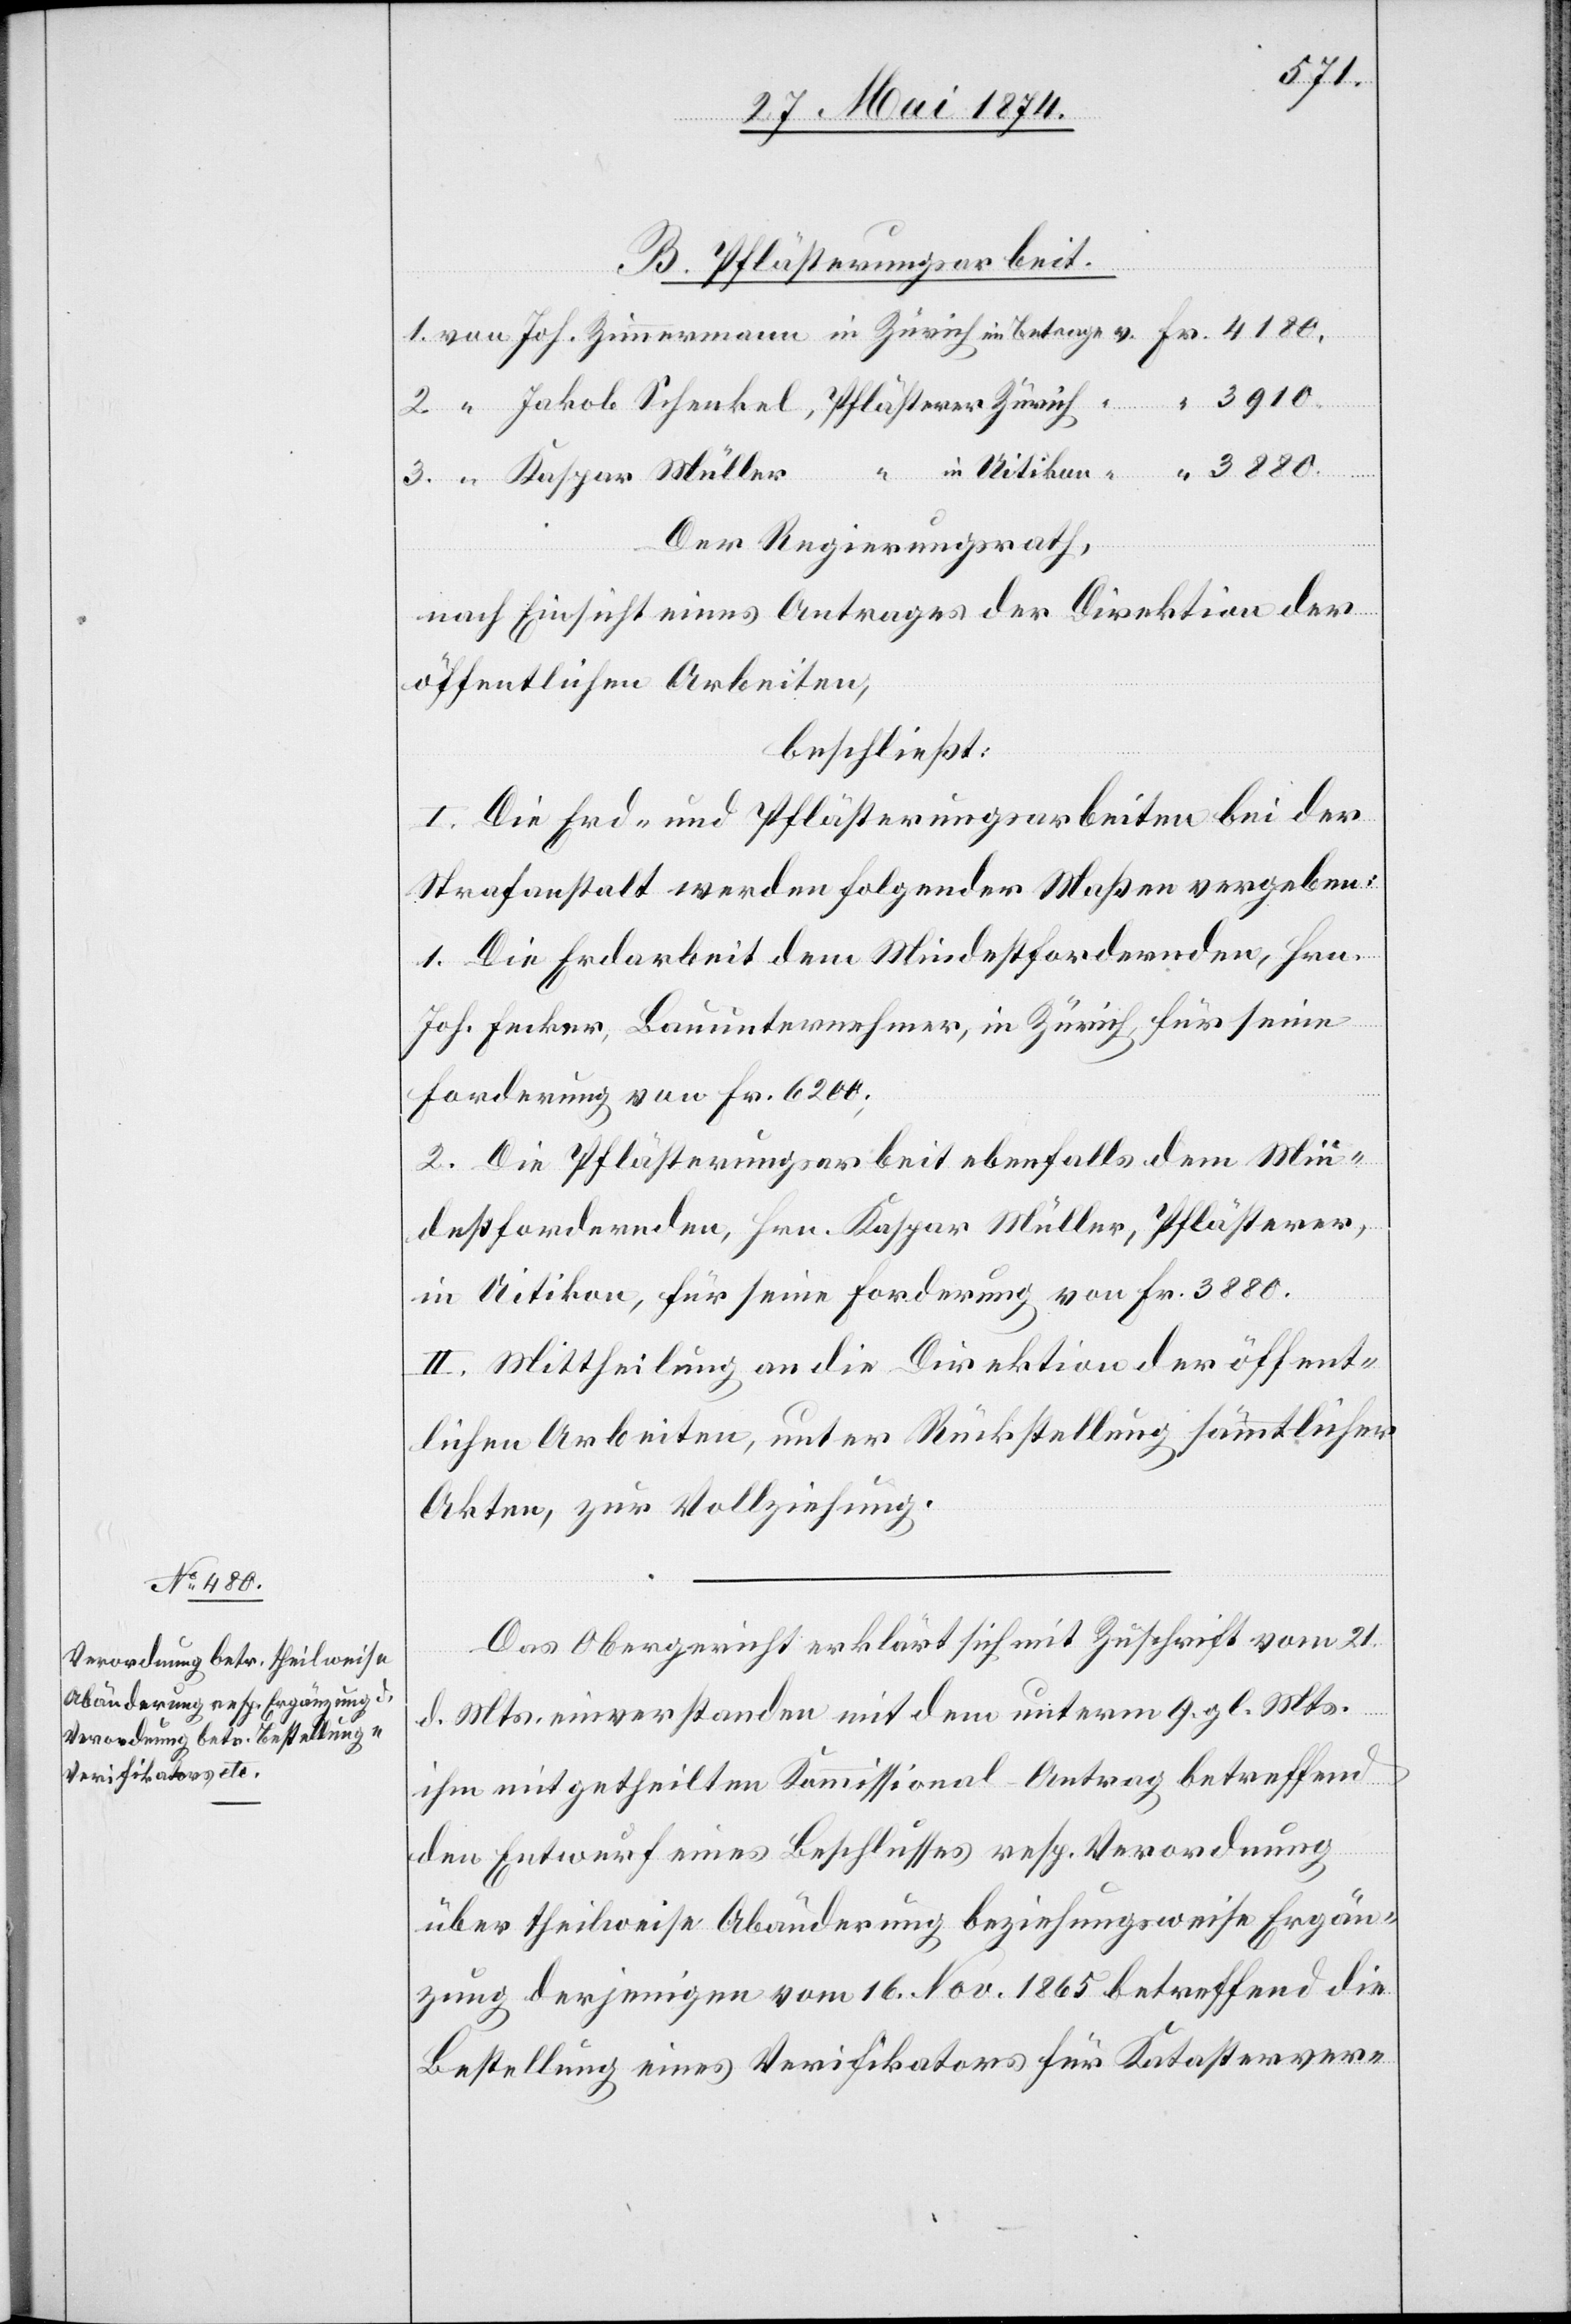
3910.
B. Pflästerungsarbeit.
“
Der Regierungsrath,
nach Einsicht eines Antrages der Direktion der
öffentlichen Arbeiten,
beschließt:
I. Die Erd- und Pflästerungsarbeiten bei der
Strafanstalt werden folgender Maßen vergeben:
1. Die Erdarbeit dem Mindestfordernden, Hrn.
Joh. Fecker, Bauunternehmer, in Zürich, für seine
Forderung von Fr. 6200;
2. Die Pflästerungsarbeit ebenfalls dem Min¬
destfordernden, Hrn. Kaspar Müller, Pflästerer,
in Uitikon, für seine Forderung von Fr. 3880.
II. Mittheilung an die Direktion der öffent¬
lichen Arbeiten, unter Rückstellung sämmtlicher
Akten, zur Vollziehung.
Das Obergericht erklärt sich mit Zuschrift vom 21.
in
d. Mts. einverstanden mit dem unterm 9. gl. Mts.
ihm mitgetheilten Kommissional-Antrag betreffend
den Entwurf eines Beschlusses resp. Verordnung
über theilweise Abänderung beziehungsweise Ergän¬
zung derjenigen vom 16. Nov. 1865 betreffend die
Bestellung eines Verifikators für Katasterver-